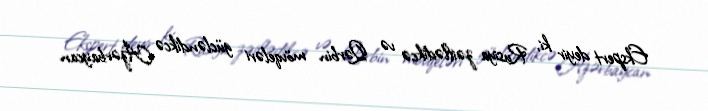
Ekspert deyir ki, Rusiya zəiflədikcə və Qərbin mövqeləri gücləndikcə Azərbaycan